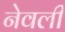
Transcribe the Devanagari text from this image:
नेवली